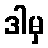
ဒါမှ